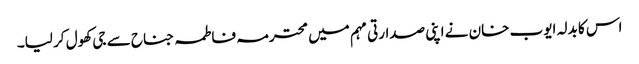
اس کا بدلہ ایوب خان نے اپنی صدارتی مہم میں محترمہ فاطمہ جناح سے جی کھول کر لیا۔